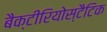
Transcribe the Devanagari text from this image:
बैक्टीरियोस्टैटिक